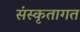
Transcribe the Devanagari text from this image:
संस्कृतागत